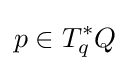
p\in T_{q}^{*}Q